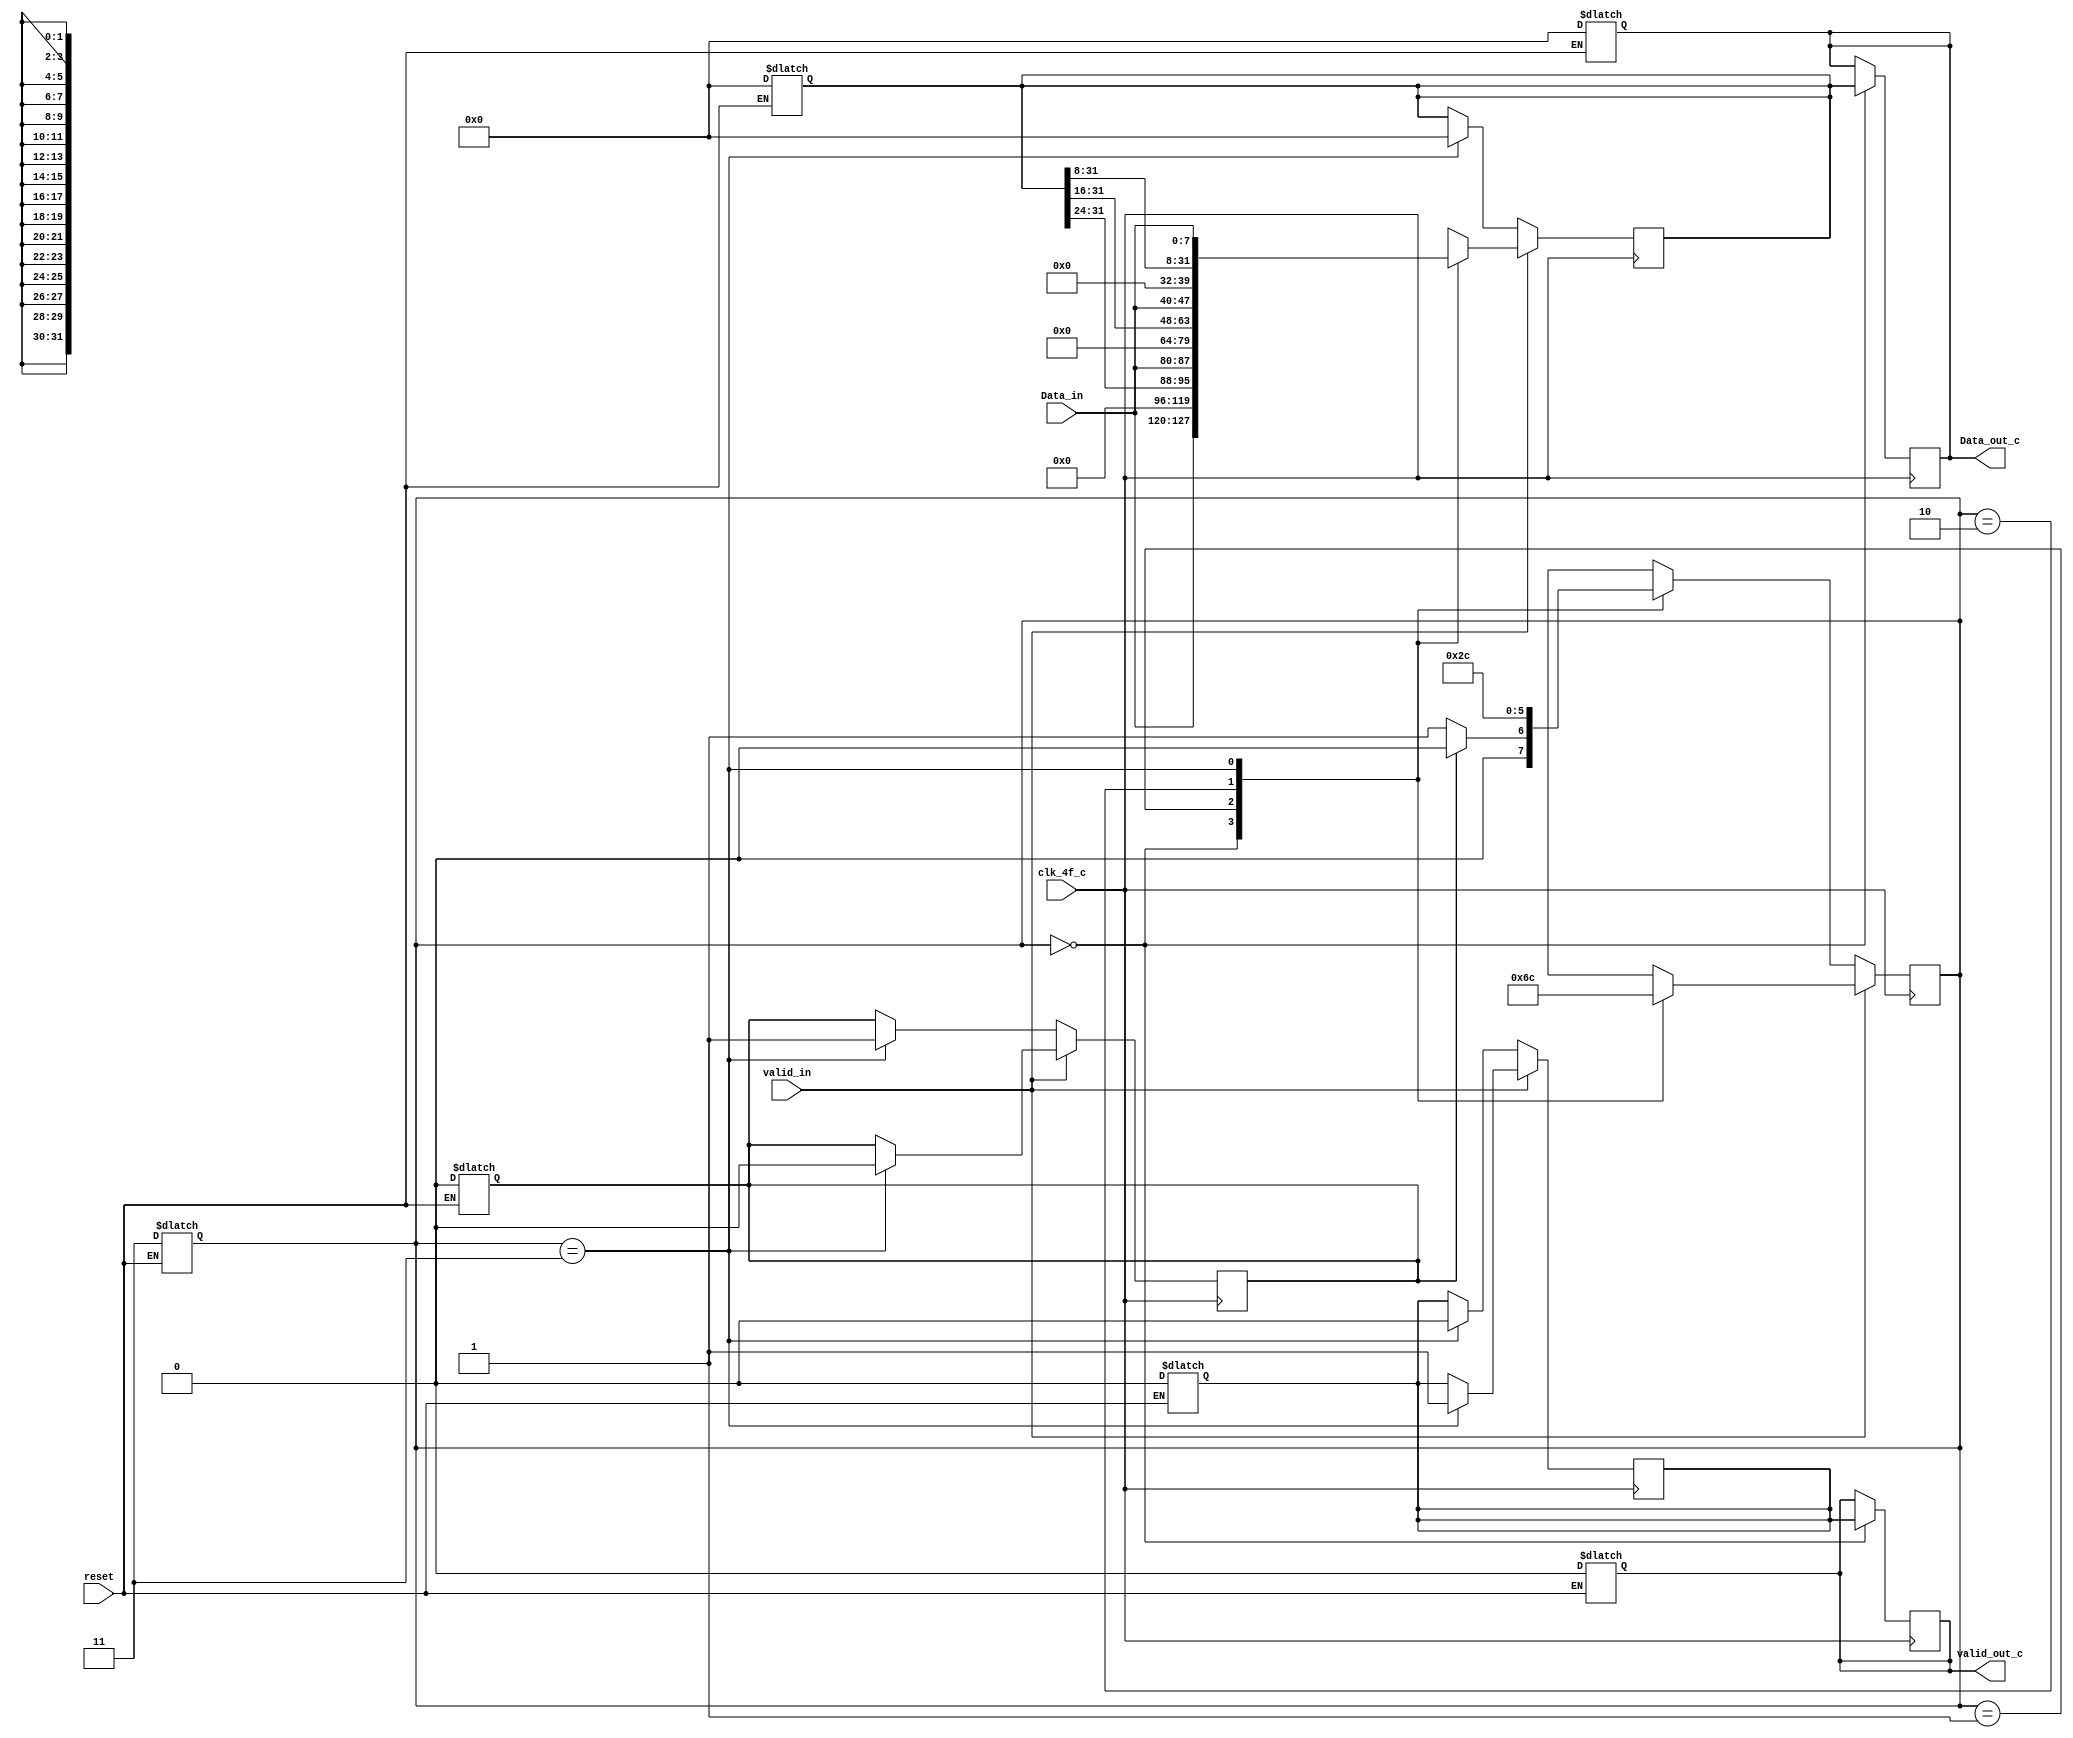
module bits8_32word_c (
	input clk_4f_c,
	input reset,
	input valid_in,
	input [7:0] Data_in,
	output reg valid_out_c,
	output reg [31:0] Data_out_c
);
	reg [1:0] contador;
	reg [31:0] memoria;
	reg valid;
	reg down;

	always @(*) begin
		if (reset == 0) begin
			valid_out_c <= 0;
			Data_out_c <= 32'b0;
			contador <= 2'b11;
			memoria <= 32'b0;
			valid <= 0;
			down <= 0;
		end
	end

	always @(posedge clk_4f_c) begin
		if (valid_in) begin
			case (contador)
				2'b00:
				begin
					valid_out_c <= valid;
					Data_out_c <= memoria;
					memoria <= {Data_in, 24'b0};
					contador <= 2'b01;
				end
				2'b01:
				begin
					memoria <= {memoria[31:24], Data_in, 16'b0};
					contador <= 2'b10;
				end
				2'b10:
				begin
					memoria <= {memoria[31:16], Data_in, 8'b0};
					contador <= 2'b11;
				end
				2'b11:
				begin
					memoria <= {memoria[31:8], Data_in};
					valid <= 1;
					contador <= 2'b00;
					down <= 0;
				end
			endcase
		end
		else begin
			case (contador)
				2'b00:
				begin
					valid_out_c <= valid;
					Data_out_c <= memoria;
					if (down) contador <= 2'b00;
					else contador <= 2'b01;
				end
				2'b01: contador <= 2'b10;
				2'b10: contador <= 2'b11;
				2'b11:
				begin
					memoria <= 32'b0;
					valid <= 0;
					contador <= 2'b00;
					down <= 1;
				end
			endcase
		end
	end
endmodule